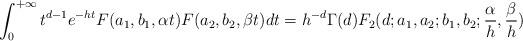
LaTeX: \begin{align*}\int_0^{+\infty}t^{d-1}e^{-ht}F(a_1,b_1,\alpha t)F(a_2,b_2,\beta t)dt=h^{-d}\Gamma(d)F_2(d;a_1,a_2;b_1,b_2;\frac{\alpha}h,\frac{\beta}h)\end{align*}